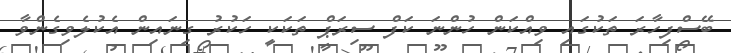
ބޭސްފިހާރަ ތަކުގައި ވިއްކަން ހުންނަ ކަފް ސިރަޕް ތަކަކީ ހަކުރު ގިނައިން އެކުލެވިގެންވާ